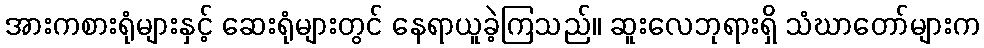
အားကစားရုံများနှင့် ဆေးရုံများတွင် နေရာယူခဲ့ကြသည်။ ဆူးလေဘုရားရှိ သံဃာတော်များက